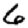
Digit: 6